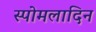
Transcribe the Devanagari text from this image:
स्पोमलादिन